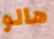
هالو